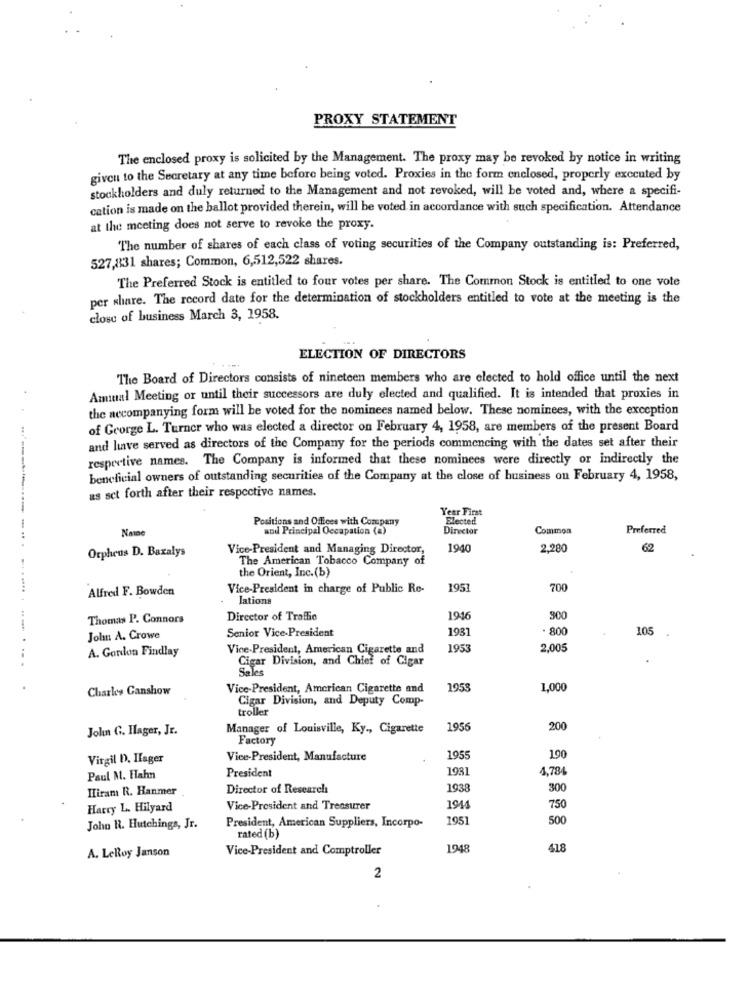
PROXY STATEMENT
The enclosed proxy is solicited by the Management. The proxy may be revoked by notice in writing
given to the Secretary at any time before being voted. Proxies in the form enclosed, properly executed by
stockholders and duly returned to the Management and not revoked, will be voted and, where a specifi-
cation is made on the ballot provided therein, will be voted in accordance with such specification. Attendance
at the meeting does not serve to revoke the proxy.
The number of shares of each class of voting securities of the Company outstanding is: Preferred,
527,831 shares; Common, 6,512,522 shares.
The Preferred Stock is entitled to four votes per share. The Common Stock is entitled to one vote
per share. The record date for the determination of stockholders entitled to vote at the meeting is the
close of business March 3, 1958.
ELECTION OF DIRECTORS
The Board of Directors consists of nineteen members who are elected to hold office until the next
Aminal Meeting or until their successors are duly elected and qualified. It is intended that proxies in
the necompanying form will be voted for the nominees named below. These nominees, with the exception
..
of George L. Turner who was elected a director on February 4, 1958, are members of the present Board
and live served as directors of the Company for the periods commencing with the dates set after their
respective names. The Company is informed that these nominees were directly or indirectly the
beneficial owners of outstanding securities of the Company at the close of business on February 4, 1958,
as set forth after their respective names.
Year First
Positions and Offices with Company
Elected
Name
and Principal Occupation (a)
Director
Common
Preferred
Orpheus D. Bazalys
Vice-President and Managing Director,
1940
2.280
62
The American Tobacco Company of
the Orient, Inc.(b)
Alfred F. Bowden
Vice-President in charge of Public Re-
1957
700
lations
Thomas P. Connors
Director of Traffic
1916
300
Senior Vice-President
1931
. 800
105
Jolm A. Crowe
A. Gordon Findlay
Vice-President, American Cigarette and
1953
2,005
Cigar Division, and Chief of Cigar
Sales
Charks Canshow
Vice-President, American Cigarette and
1959
1,000
Cigar Division, and Deputy Comp-
troller
John G. Hager, Jr.
Manager of Louisville, Ky ., Cigarette
1956
200
Factory
Virgil D. Hlager
Vice-President, Manufacture
1955
190
President
1931
4,784
Paul M. Hahn
Hiram R. Hanmer
Director of Research
1938
300
Harry L. Hilyard
Vice-President and Treasurer
1944
750
President, American Suppliers, Incorpo-
1951
500
John R. Hutchings, Jr.
rated (b)
Vice-President and Comptroller
1948
418
A. LeRoy Janson
2